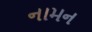
નામન